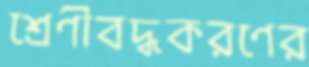
শ্রেণীবদ্ধকরণের